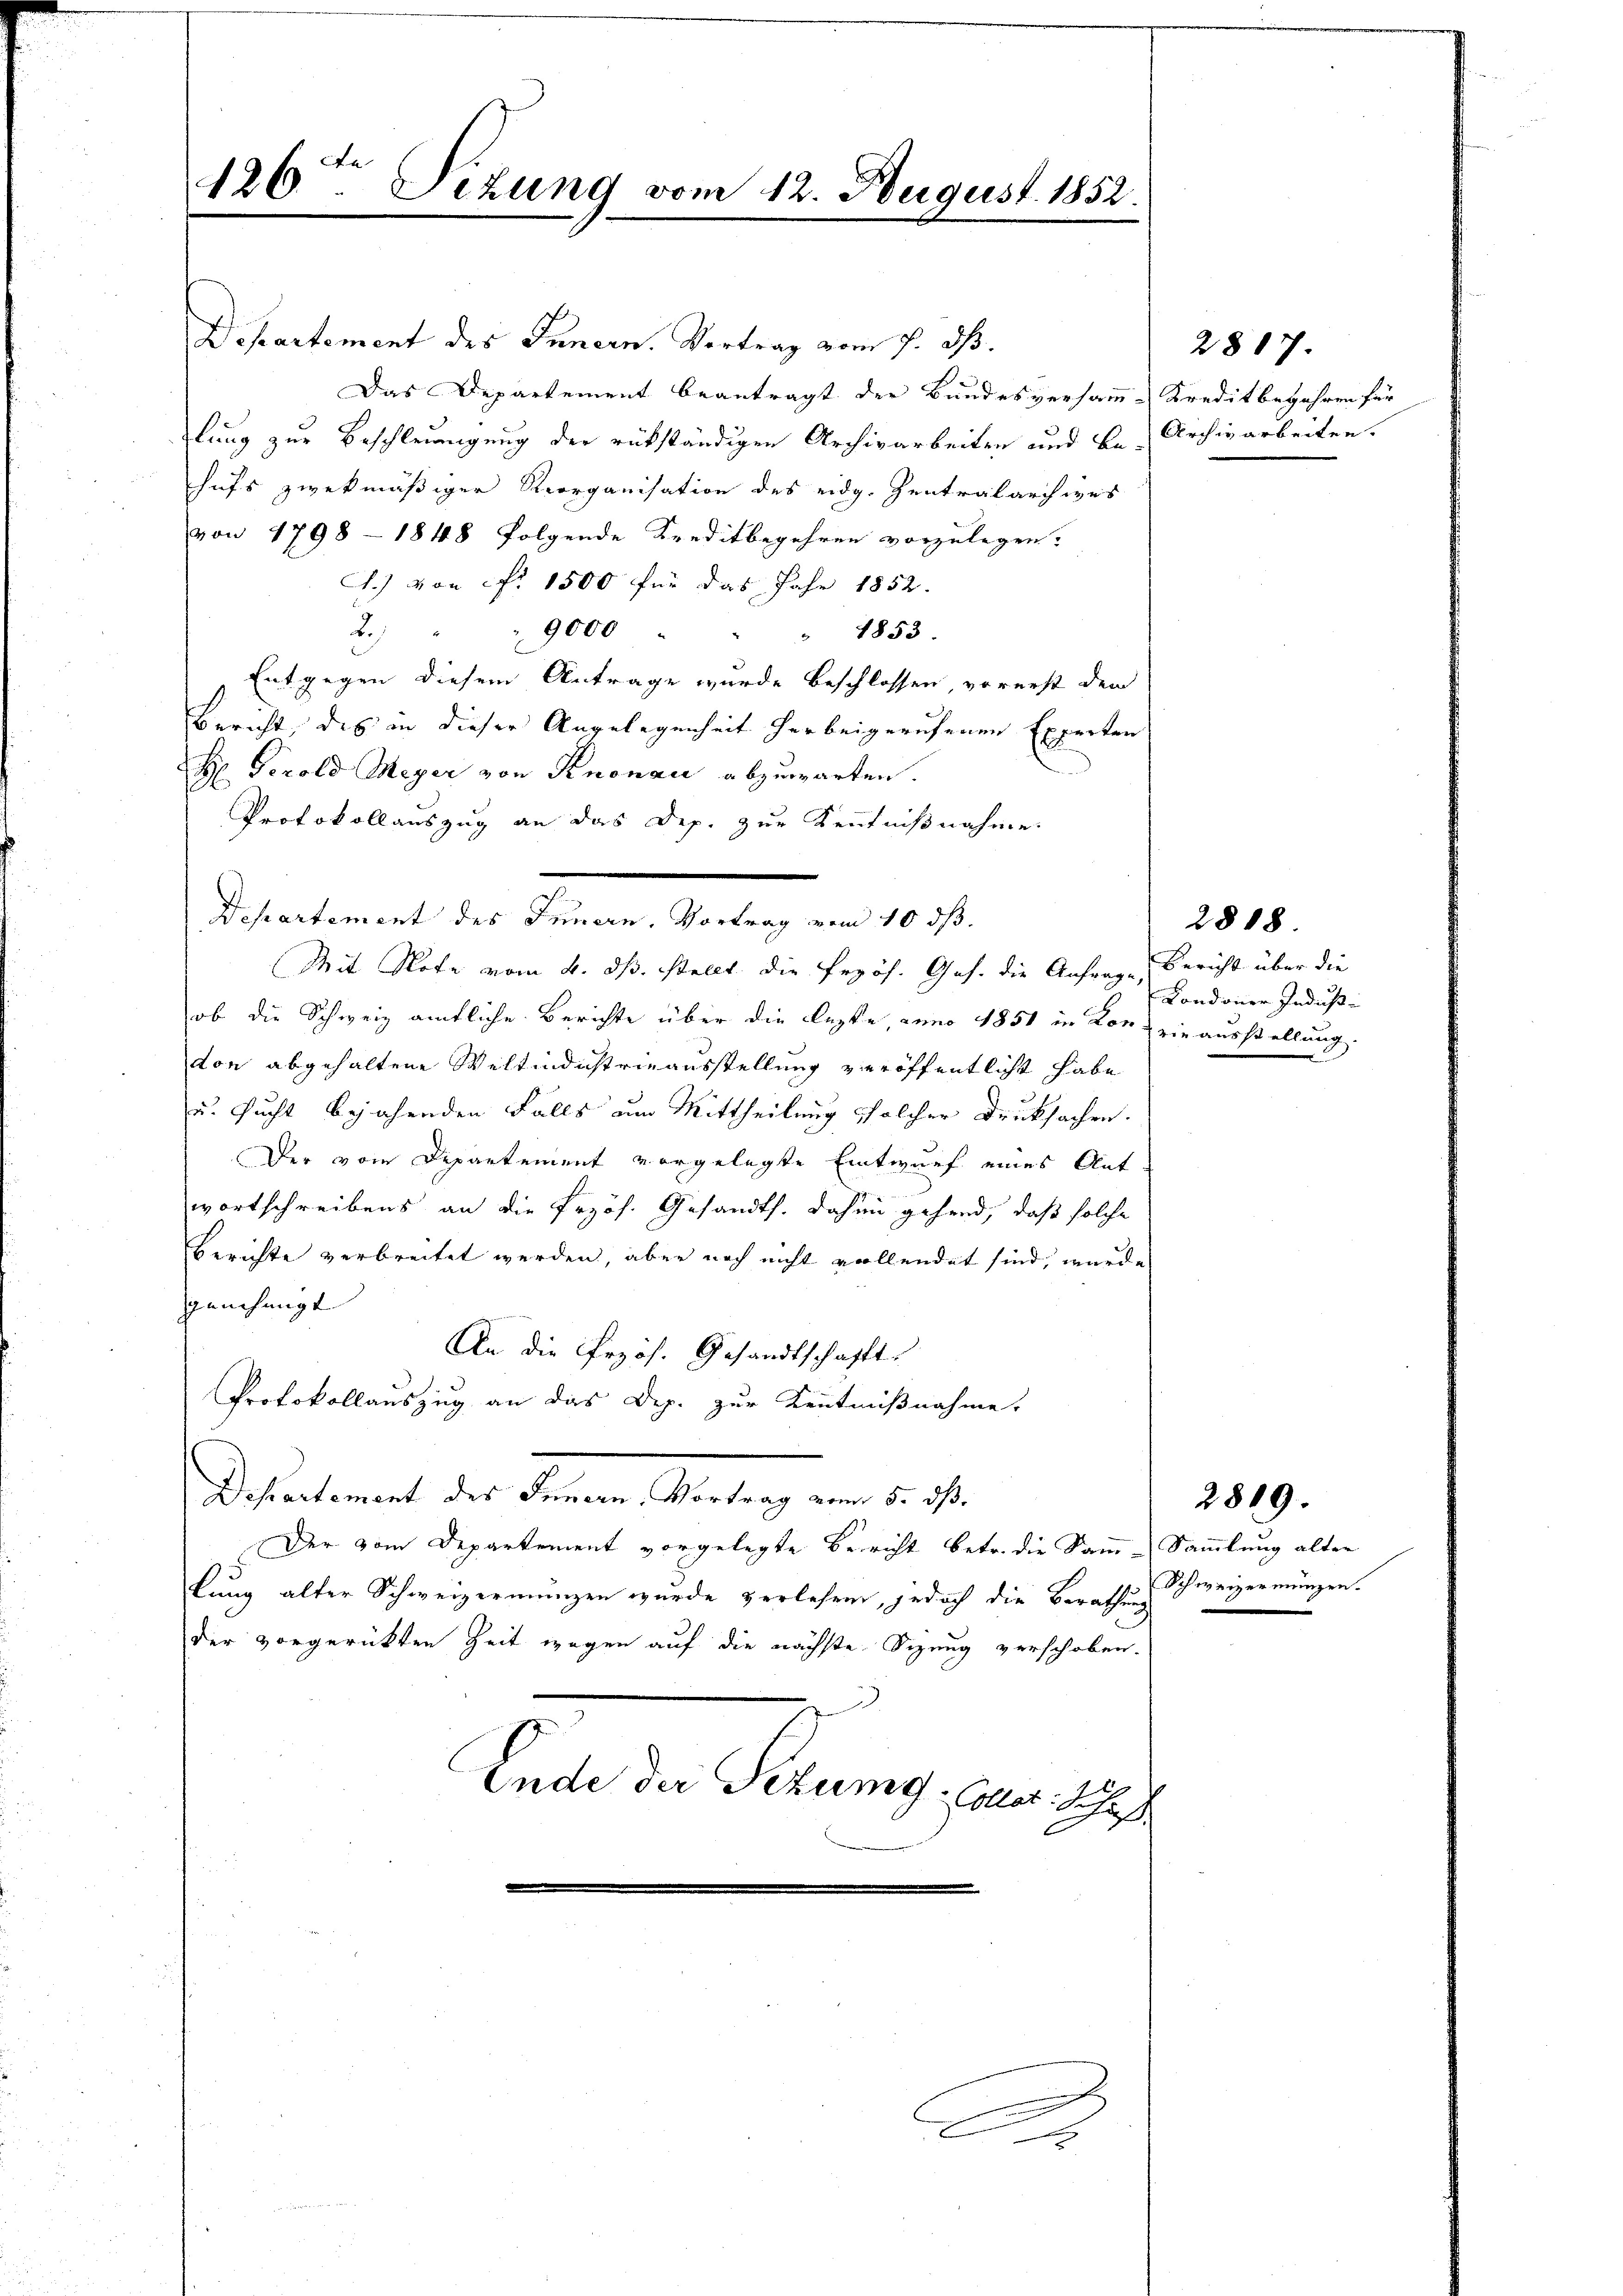
126ten Sizung vom 12. August 1852.

Departement des Innern. Vertrag vom 7. dß.
Das Departement beantragt der Bundesversamm-Kredit bejahren für
lung zur Beschleunigung der rükständigen Archivarbeiten und Be-Archivarbeiten.
hufs zwekmäßiger Reorganisation des eidg. Zentralarchives
von 1798 - 1848 folgende Kreditbegehren vorzulegen.
A.) von Nr. 1500 für das Jahr 1852.
2. " " 9000 " " " 1853.
Entgegen diesem Antrage wurde beschlossen vorerst dem
Bericht, des in dieser Angelegenheit herbeigerufenen Experten
B. Perold Meyer von Knonau abzuwarten.
Protokollauszug an das Dep. zur Kenntnißnahme
Departement des Feuern, Vortrag vom 10 d
Mit Note vom 4. ds. stellt die Erzös. Ges. die Anfrage, Bericht über die
ob die Schweiz amtliche Berichte über die lezte, anno 1851 in von ein ausstellung.
don abgehaltene Weltindustrieausstellung veröffentlicht habe
zu sucht bejahenden Falls um Mittheilung solcher Drucksachen.
Der vom Departement vorgelegte Entwurf eines Ant
wortschreibens an die Erzös. Gesandts. dahin gehend, daß solche
Berichte verbreitet werden, aber noch nicht vollendet sind, wurde
genehmigt |
An die Przös. Gesandtschafft.
Protokollauszug an das Dep. zur Kenntnißnahme.
Departement des Innern, Vortrag vom 5. dß.
Der vom Departement vorgelegte Bericht betr. die Samm-Sammlung alter
lung alter Schweizermungen wurde verlesen, jedoch die Berassen Schweizermungen.
der vorgerückten Zeit wegen auf die nächste Sizung verschoben.
Ende der Sitzung: Coller. J. J.
a

2817.

Condoner Indus

2818.

2819.